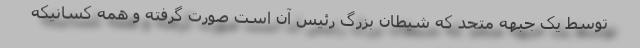
توسط یک جبهه متحد که شیطان بزرگ رئیس آن است صورت گرفته و همه کسانیکه